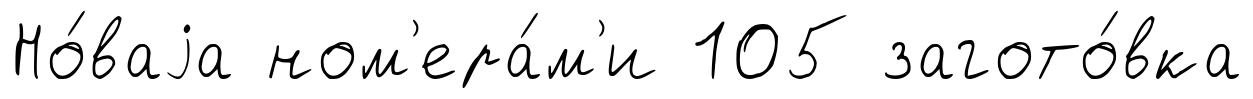
Но́ваjа ном'ера́м'и 105 загото́вка